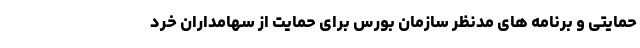
حمایتی و برنامه های مدنظر سازمان بورس برای حمایت از سهامداران خرد